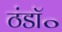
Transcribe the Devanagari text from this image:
ठंडॉ॰